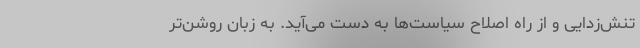
تنش‌زدایی و از راه اصلاح سیاست‌ها به دست می‌آید. به زبان روشن‌تر